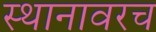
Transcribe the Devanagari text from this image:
स्थानावरच